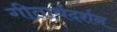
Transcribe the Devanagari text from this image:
गीतार्थदर्शन